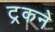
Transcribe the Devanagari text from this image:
ट्रकने